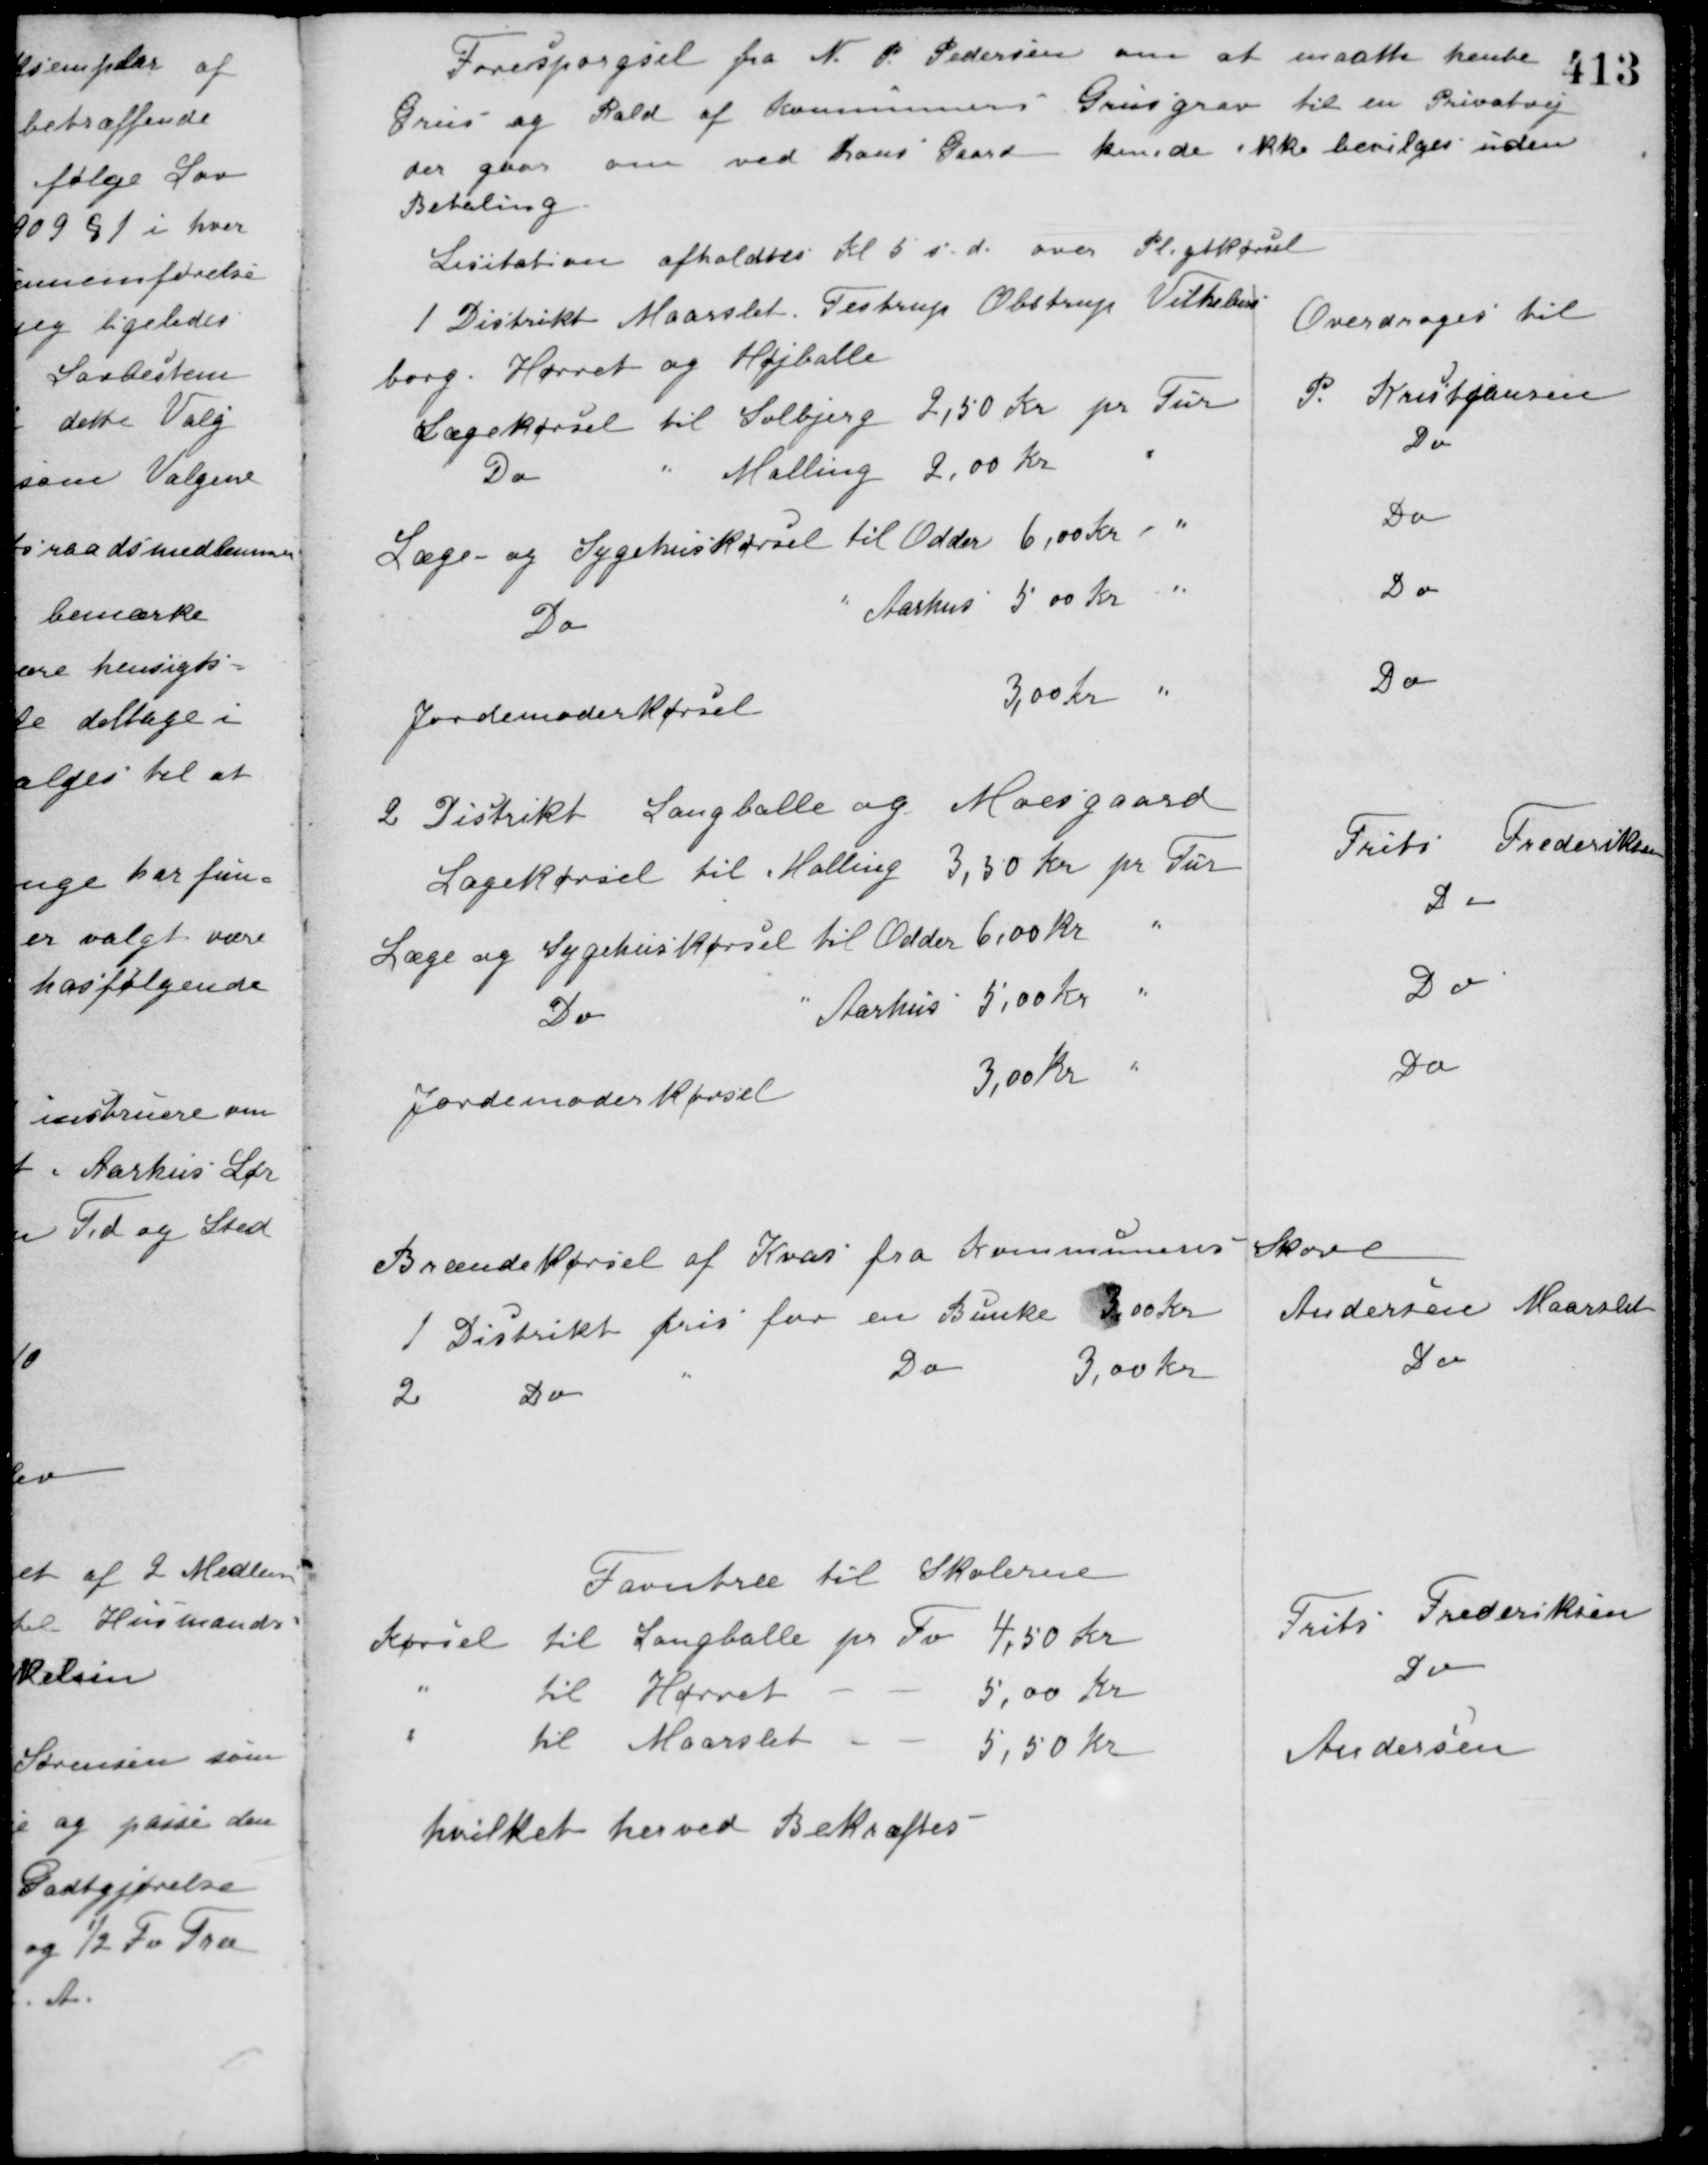
Transskription:
Forespørgsel fra N. P. Pedersen om at maatte hente
Grus og Rald af Kommunens Grusgrav til en Privatvej
der gaar om ved hans Gaard
kunde ikke bevilges uden
Betaling.
Licitation afholdtes Kl 5 s. d. over Pligtkørsel
1 Distrikt Maarslet Testrup Obstrup Vilhelms-
borg. Hørret og Højballe
Overdrages til
Lægekørsel til Solbjerg 2,50 Kr. pr Tur
P. Kristjansen
Do " Malling 2,00 Kr. "
Do
Læge- og Sygehuskørsel til Odder 6,00 Kr "
Do
Do
" Aarhus 5,00 Kr. "
Do
Jordemoderkørsel 3,00 Kr. "
Do
2 Distrikt Langballe og Moesgaard
Lægekørsel til Malling 3,50 Kr. pr. Tur
Frits Frederiksen
Læge og Sygehuskørsel til Odder 6,00 Kr. "
Do
Do " Aarhus 5,00 Kr. "
Do
Jordemoderkørsel 3,00 Kr. "
Do
Brændekørsel af Kvas fra Kommunens Skove
1 Distrikt pris for en Bunke 3,00 Kr.
Andersen Maarslet
2 Do " Do 3,00 Kr.
Do
Favntræ til Skolerne
Kørsel til Langballe pr. Fv. 4,50 Kr.
Frits Frederiksen
" til Hørret - - 5,00 Kr.
Do
" til Maarslet - - 5,50 Kr
Andersen
hvilket herved Bekræftes